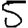
Digit: 5